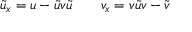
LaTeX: \tilde { u } _ { x } = u - \tilde { u } v \tilde { u } \qquad v _ { x } = v \tilde { u } v - \tilde { v }